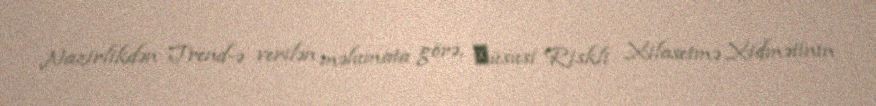
Nazirlikdən Trend-ə verilən məlumata görə, хüsusi Riskli Xilasetmə Xidmətinin